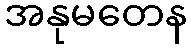
အနုမတေန